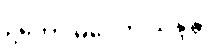
ဥဘော မဂ္ဂေဟိ သန္ဒန္တိ၊